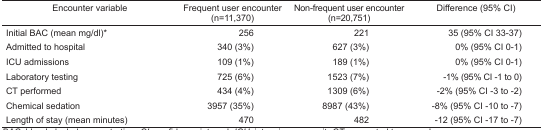
<table><thead><tr><td><b>Encounter variable</b></td><td><b>Frequent user encounter (n=11,370)</b></td><td><b>Non-frequent user encounter (n=20,751)</b></td><td><b>Difference (95% CI)</b></td></tr></thead><tbody><tr><td>Initial BAC (mean mg/dl)*</td><td>256</td><td>221</td><td>35 (95% CI 33–37)</td></tr><tr><td>Admitted to hospital</td><td>340 (3%)</td><td>627 (3%)</td><td>0% (95% CI 0–1)</td></tr><tr><td>ICU admissions</td><td>109 (1%)</td><td>189 (1%)</td><td>0% (95% CI 0–1)</td></tr><tr><td>Laboratory testing</td><td>725 (6%)</td><td>1523 (7%)</td><td>−1% (95% CI −1 to 0)</td></tr><tr><td>CT performed</td><td>434 (4%)</td><td>1309 (6%)</td><td>−2% (95% CI −3 to −2)</td></tr><tr><td>Chemical sedation</td><td>3957 (35%)</td><td>8987 (43%)</td><td>−8% (95% CI −10 to −7)</td></tr><tr><td>Length of stay (mean minutes)</td><td>470</td><td>482</td><td>−12 (95% CI −17 to −7)</td></tr></tbody></table>